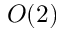
O ( 2 )